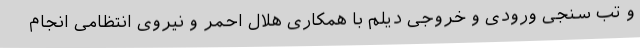
و تب سنجی ورودی و خروجی دیلم با همکاری هلال احمر و نیروی انتظامی انجام